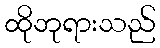
ထိုဘုရားသည်